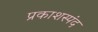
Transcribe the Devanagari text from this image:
प्रकाशस्पंद